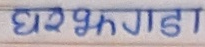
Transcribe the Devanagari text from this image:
घरे झगडा